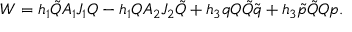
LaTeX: W = h _ { 1 } \tilde { \cal Q } A _ { 1 } J _ { 1 } { \cal Q } - h _ { 1 } { \cal Q } A _ { 2 } J _ { 2 } \tilde { \cal Q } + h _ { 3 } q { \cal Q } \tilde { \cal Q } \tilde { q } + h _ { 3 } \tilde { p } \tilde { \cal Q } { \cal Q } p .